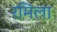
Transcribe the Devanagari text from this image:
रमिला